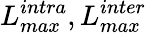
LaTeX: L_{max}^{intra},L_{max}^{inter}